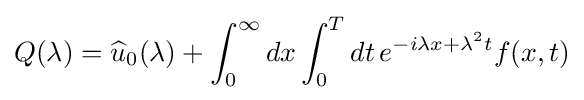
Q(\lambda )={\widehat {u}}_{0}(\lambda )+\int _{0}^{\infty }dx\int _{0}^{T}dt\,e^{-i\lambda x+\lambda ^{2}t}f(x,t)